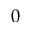
0